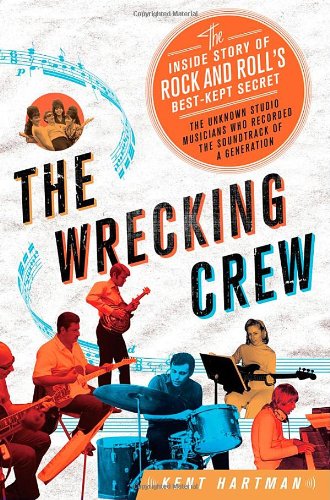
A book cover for The Wrecking Crew: The Inside Story of Rock and Roll's Best-Kept Secret; Kent Hartman; Arts & Photography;